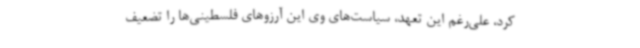
کرد، علی‌رغم این تعهد، سیاست‌های وی این آرزوهای فلسطینی‌ها را تضعیف